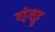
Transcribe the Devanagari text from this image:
वट्टेलुट्टु